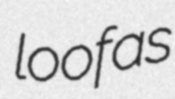
loofas